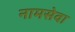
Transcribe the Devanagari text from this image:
नामसेवा